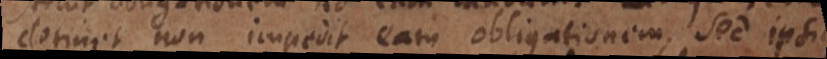
detinet non impedit eam obligationem, sed ipsius